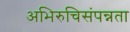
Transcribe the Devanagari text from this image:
अभिरुचिसंपन्नता